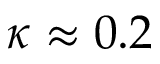
\kappa \approx 0 . 2